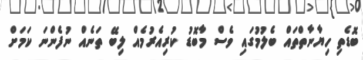
ބޮޑެތި ހިޔާނާތްތައް ބެލުމުގައި ވެސް މާބޮޑު ކުރިއެރުމެއް ލިބޭ ތަނެއް ނުފެންނަ ކަަމަށް